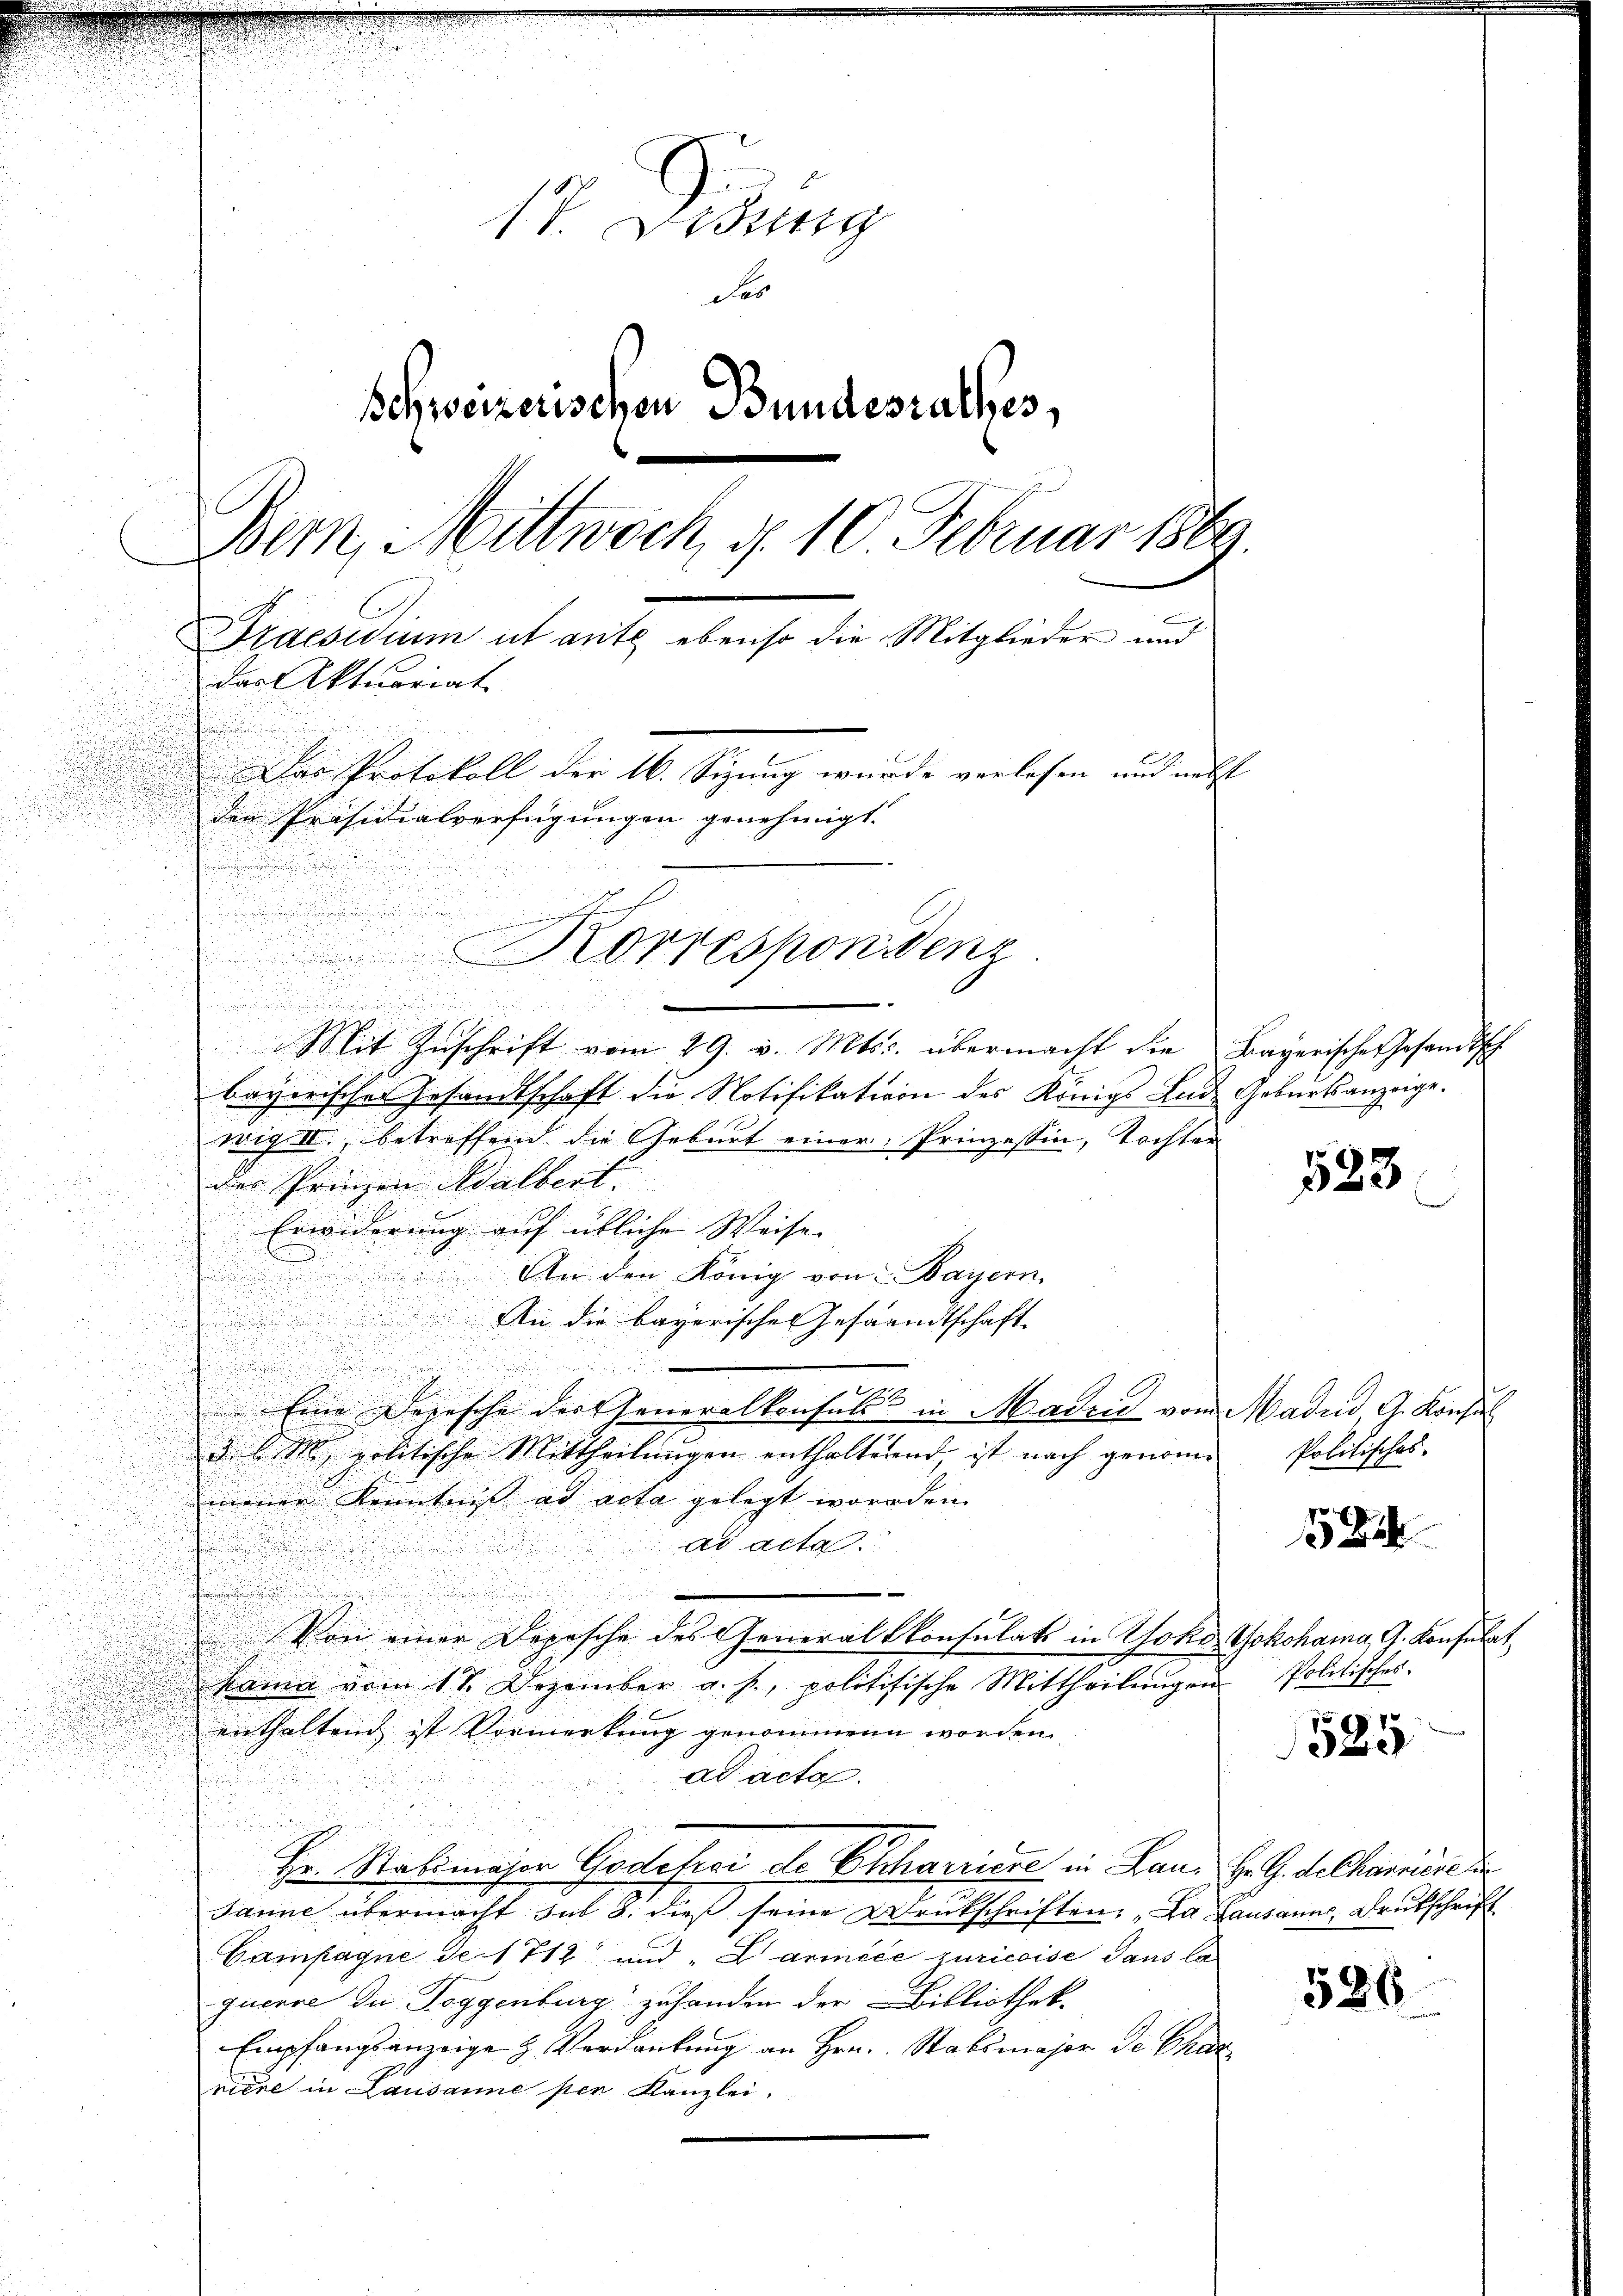
des
Schweizerischen Bundesrathes,
Bern, Mittwoch §. 10 Februar 1889.
Praesidium ut ante ebenso die Mitglieder und
das Aktuariat.
Das Protokoll der 16. Sizung wurde verlesen und nebst
den Präsidialverfügungen genehmigt.
.

a
Mit Zuschrift vom 29. v. Mts. übermacht die
bayerische Gesandtschaft die Notifikation des Königs Lud
wig. II., betreffend die Geburt einer Prinzessin, Tochter
der Prinzen Adalbert. |
Erwiderung auf übliche Weise |
u
 An den König von 2 Bayern,
5

An die bayerischen Gesandtschaft |

Eine Depesche der Generalkonsuls in Madrid vom
3. d. M. politische Mittheilŭngen enthalterend, ist nach genome
meiner Kenntnis ad acta gelegt worden. |
ad acta.
.
e
Von einer Depesche des Generalkonsulats in Yoko
Mama vom 17. Dezember a. f., politisische Mittheilŭngen
enthaltend ist Vormerkung genommenen worden,
ad acta.
Hr. Ratimasor Godefrei de Bucharriere in Land H. G. dechanisi
Janne übermacht sub 8. dieß seine Druckschriften: „Da Lausanne, Deutschrift
Campagne de 1714 und "Lanice zuriccise dans la
querve du Toggenburg zuhanden der Bibliothek.
Empfangsanzeige & Verdankung an Hrn. Stabsmajor de Cha
nière in Lausanne per Kanzlei.

Korresponienz

.

Bayerischen Gesandtsch
Geburtsanzeige.

523

Madrid G. Konsul
Politisches.
Yokohama, G. Konsulat
 Politisches

¬

52

525

526